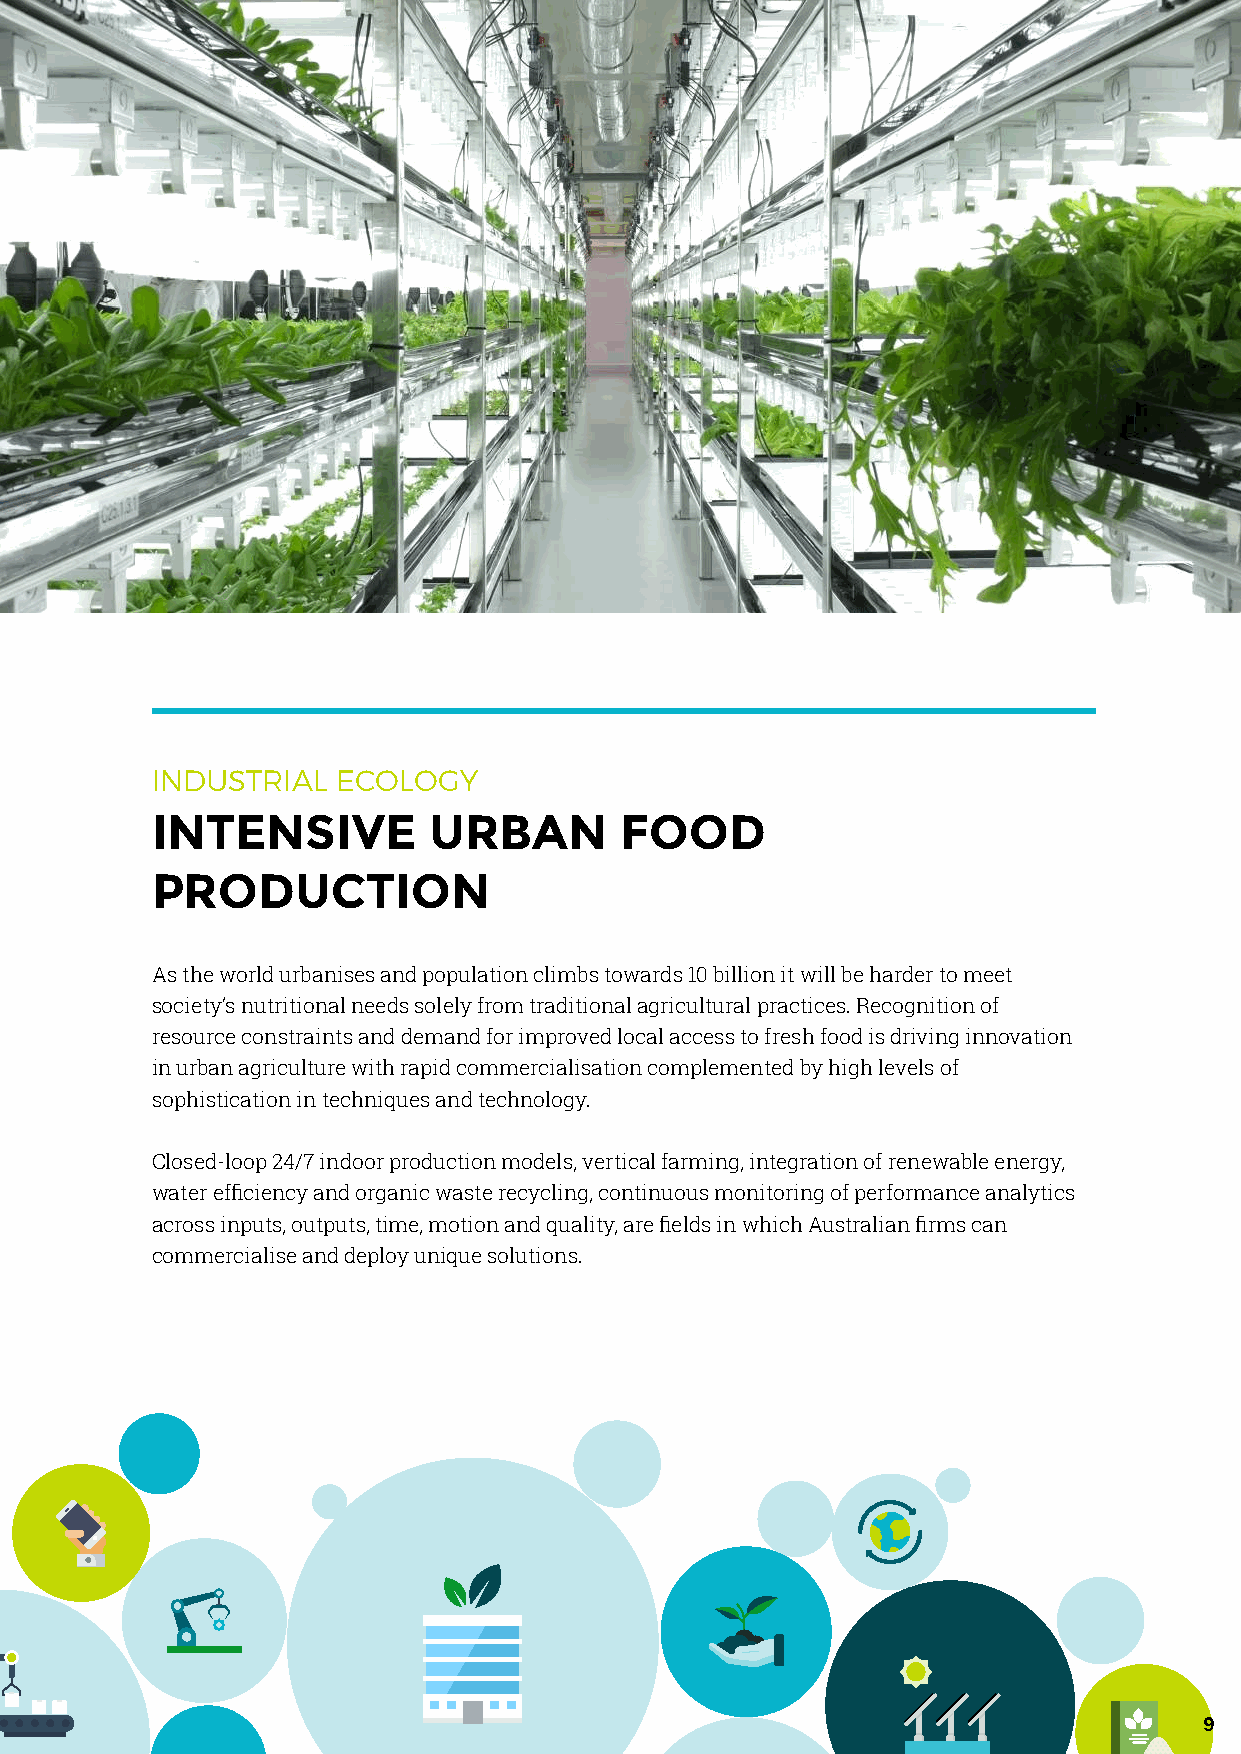
INDUSTRIAL  ECOLOGY
 INTENSIVE         URBAN        FOOD
 PRODUCTION
 As the world urbanises and population climbs towards 10 billion it will be harder to meet
 society’s nutritional needs solely from traditional agricultural practices. Recognition of
 resource constraints and demand for improved local access to fresh food is driving innovation
 in urban agriculture with rapid commercialisation complemented by high levels of
 sophistication in techniques and technology.
 Closed-loop 24/7 indoor production models, vertical farming, integration of renewable energy,
 water efficiency and organic waste recycling, continuous monitoring of performance analytics
 across inputs, outputs, time, motion and quality, are fields in which Australian firms can
 commercialise and deploy unique solutions.
 9